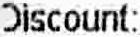
DISCOUNT: